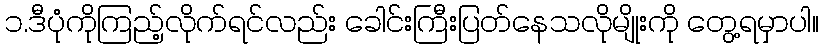
၁.ဒီပုံကိုကြည့်လိုက်ရင်လည်း ခေါင်းကြီးပြတ်နေသလိုမျိုးကို တွေ့ရမှာပါ။